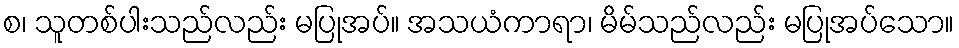
စ၊ သူတစ်ပါးသည်လည်း မပြုအပ်။ အသယံကာရာ၊ မိမ်သည်လည်း မပြုအပ်သော။